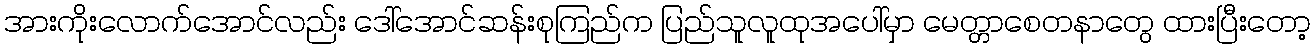
အားကိုးလောက်အောင်လည်း ဒေါ်အောင်ဆန်းစုကြည်က ပြည်သူလူထုအပေါ်မှာ မေတ္တာစေတနာတွေ ထားပြီးတော့